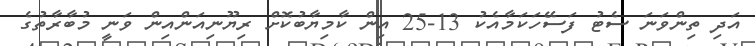
އަދި ތިންވަނަ ސެޓު ފަސޭހަކަމާއެކު 13-25 އިން ކާމިޔާބުކޮށް ރިޔޫނިއަންއިން ވަނީ މުބާރާތުގެ